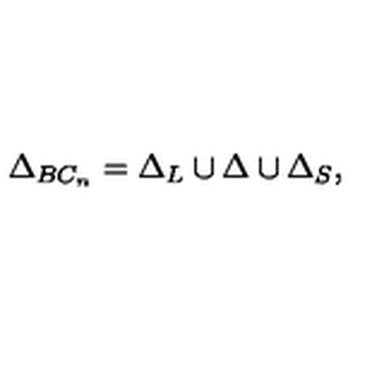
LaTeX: \Delta _ { B C _ { n } } = \Delta _ { L } \cup \Delta \cup \Delta _ { S } ,